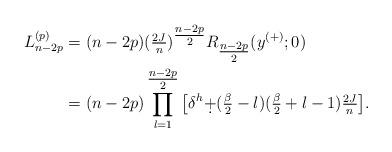
LaTeX: \begin{align*} L_{n-2p}^{(p)}&=(n-2p)(\tfrac{2J}{n})^{\tfrac{n-2p}{2}} R_{\tfrac{n-2p}{2}}(y^{(+)};0)\\ &=(n-2p) \prod_{l=1}^{\tfrac{n-2p}{2}}\big[\delta^h\d+(\tfrac{\beta}{2}-l)(\tfrac{\beta}{2}+l-1)\tfrac{2J}{n}\big]. \end{align*}